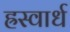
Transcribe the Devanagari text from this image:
ह्रस्वार्ध